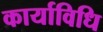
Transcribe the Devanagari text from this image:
कार्याविधि